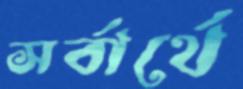
সর্বার্থে